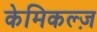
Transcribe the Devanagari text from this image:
केमिकल्ज़